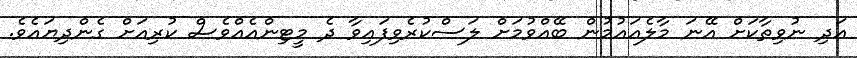
އަދި ނުވިތާކަށް އޭނަ މާލެއައުމުން ބޭއްވުމަށް ލަސްކުރެވިފައިވާ ދެ މީޓިންއެއްވެސް ކުރިއަށް ގެންދިޔައެވެ.